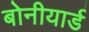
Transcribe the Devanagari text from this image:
बोनीयार्ड